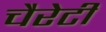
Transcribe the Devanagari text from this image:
चैरेटी